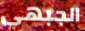
الجبهي